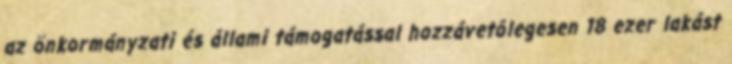
az önkormányzati és állami támogatással hozzávetôlegesen 18 ezer lakást